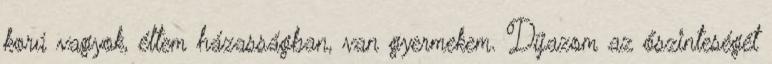
korú vagyok, éltem házasságban, van gyermekem. Díjazom az őszinteségét